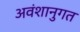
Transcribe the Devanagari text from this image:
अवंशानुगत